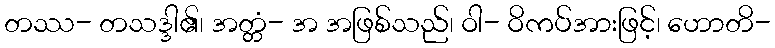
တဿ- တသဒ္ဒါ၏၊ အတ္တံ- အ အဖြစ်သည်၊ ဝါ- ဝိကပ်အားဖြင့်၊ ဟောတိ-